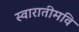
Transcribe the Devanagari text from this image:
स्वारातीमवि